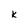
Character: k